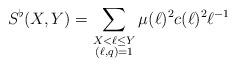
LaTeX: \begin{align*} S^\flat(X,Y)=\sum_{\substack{X<\ell\le Y\\ (\ell,q)=1}} \mu(\ell)^2c(\ell)^2\ell^{-1}\end{align*}